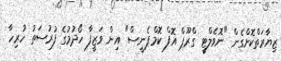
ޒިޔާރަތްކޮށްގެން "ނޮވެލްޓީ ގްރޫޕް އޮފް ކޮމްޕެނީސް" އިން ވަޒީފާ ހޯދުމުގެ ފުރުސަތު ހުރިހާ